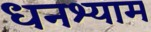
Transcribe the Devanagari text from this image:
धनश्याम